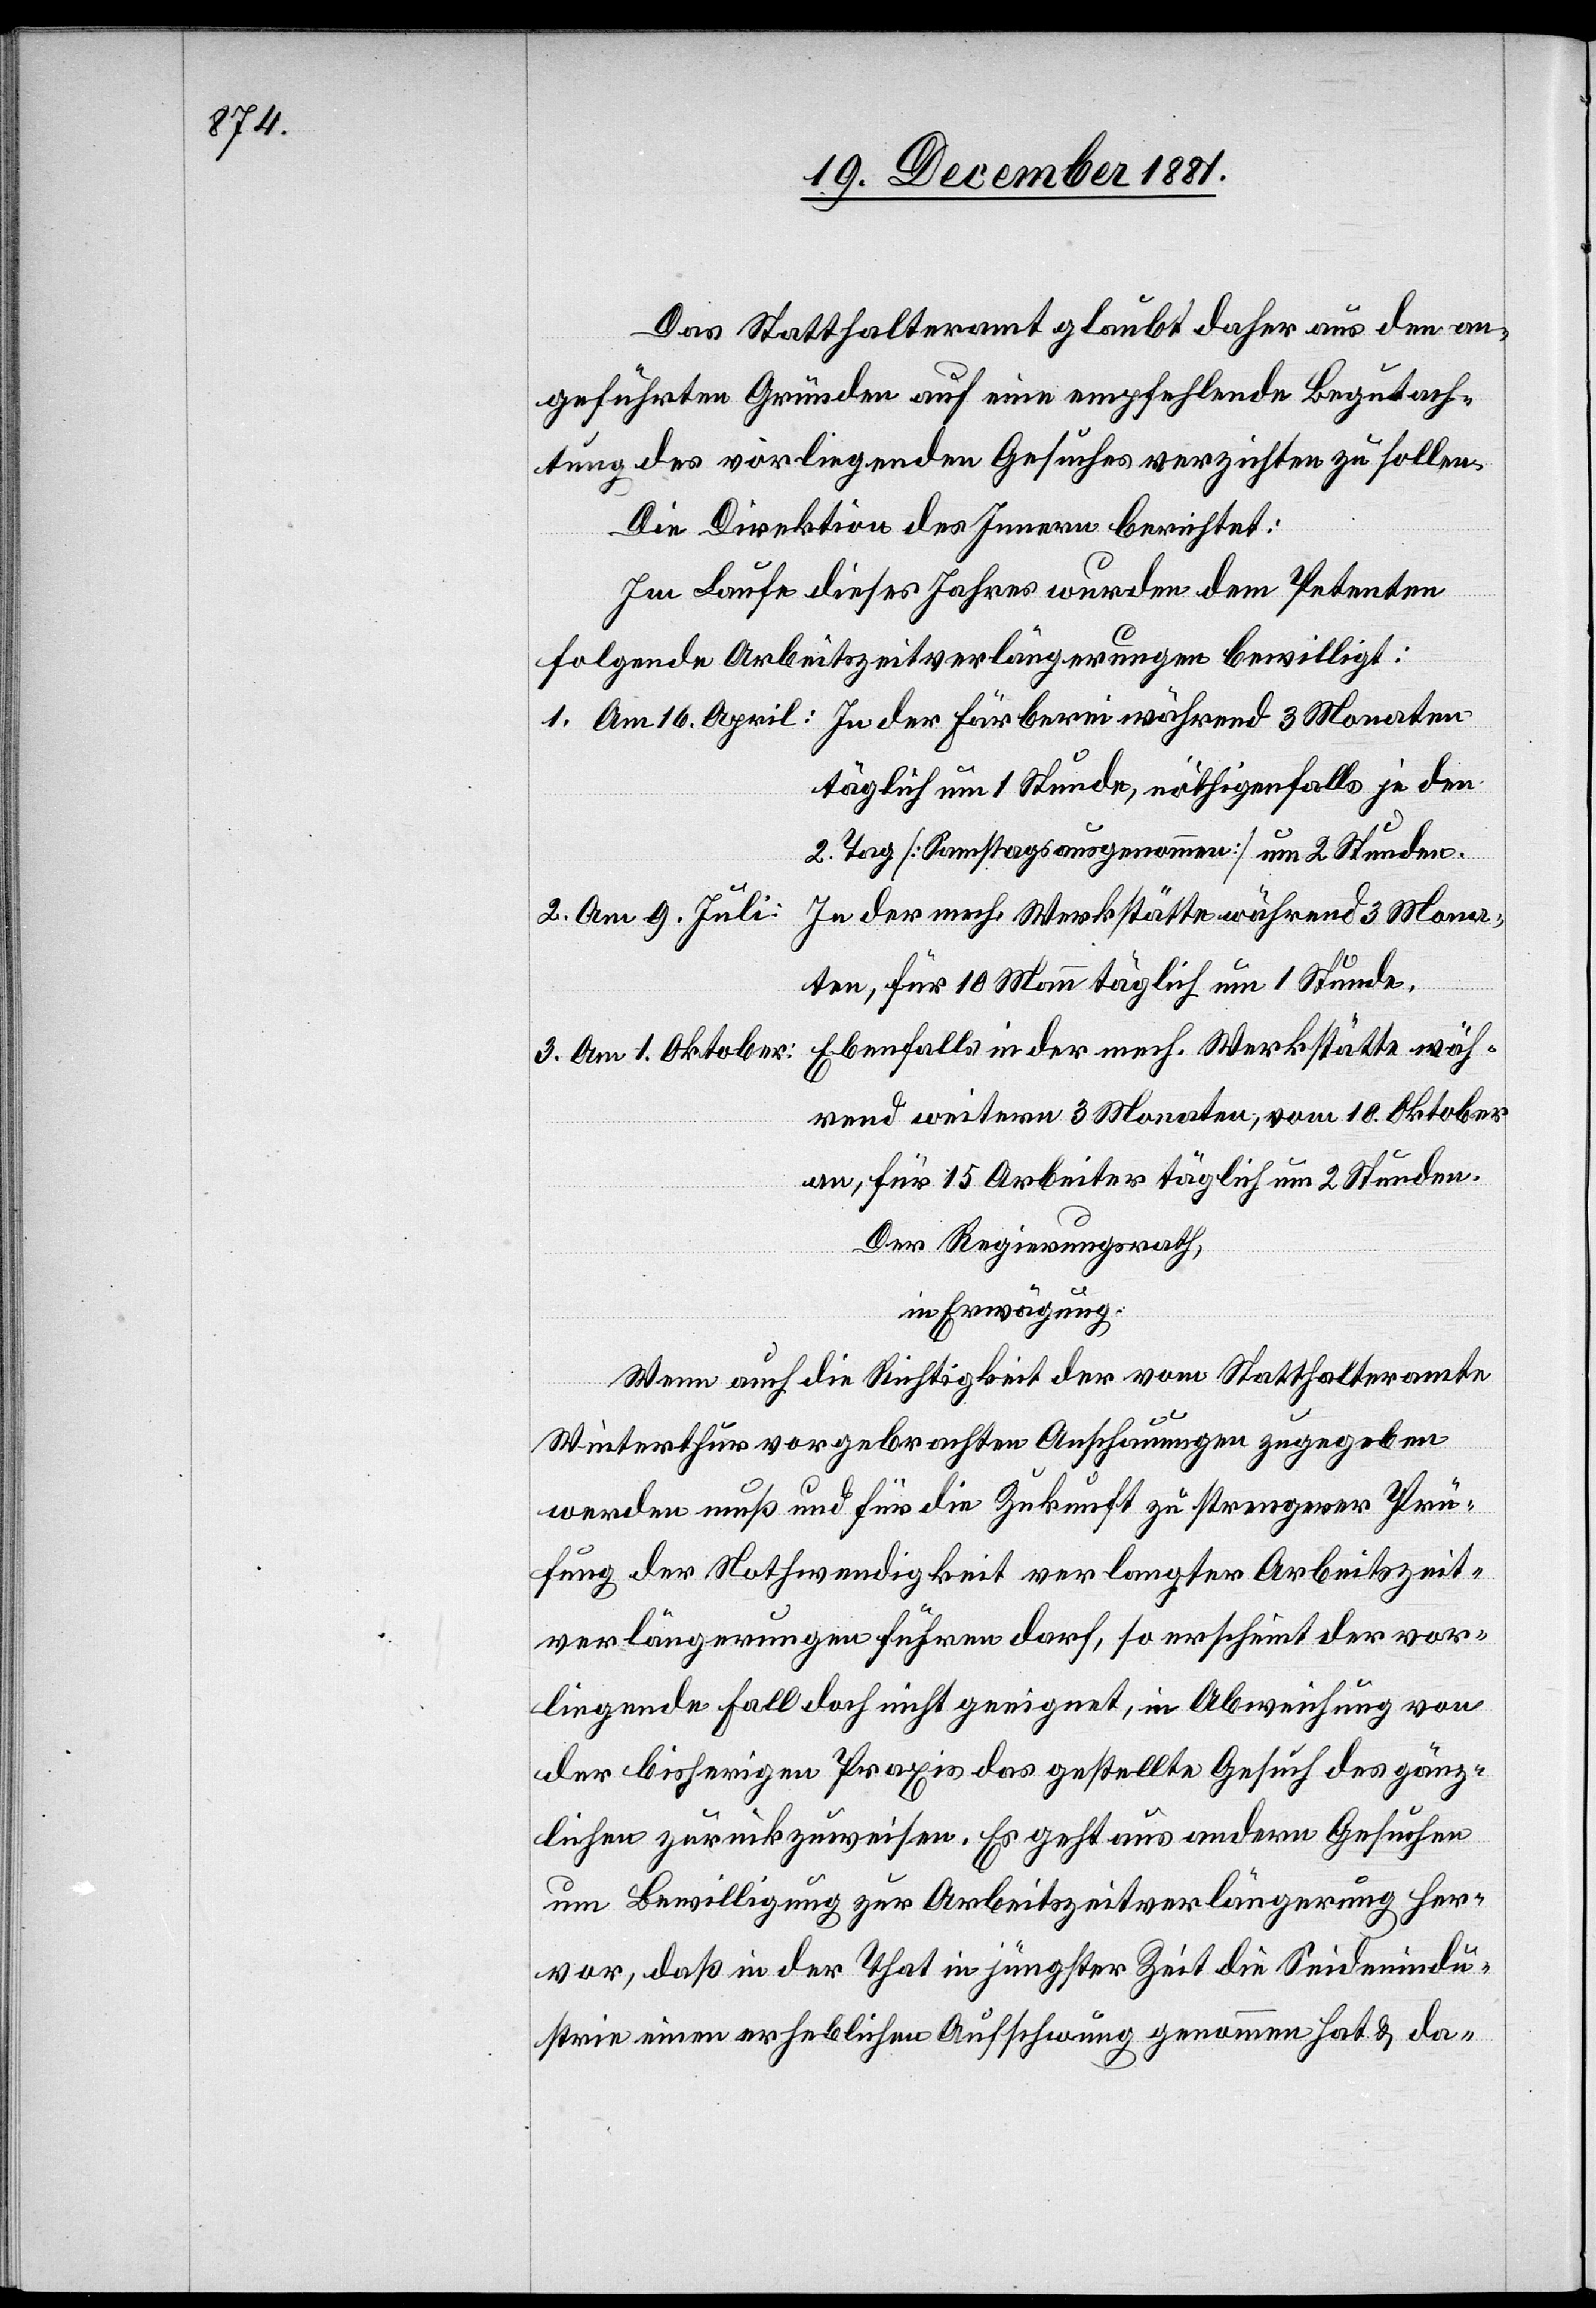
Das Statthalteramt glaubt daher aus den an¬
geführten Gründen auf eine empfehlende Begutach¬
tung des vorliegenden Gesuches verzichten zu sollen.
Die Direktion des Innern berichtet:
1. Am 16. April: In der Färberei während 3 Monaten
täglich um 1 Stunde, nöthigenfalls jeden
2. Tag [Samstags ausgenommen] um 2 Stunden.
2. Am 9. Juli:
In der mech. Werkstätte während 3 Mona¬
ten, für 10 Mann täglich um 1 Stunde.
Ebenfalls in der mech. Werkstätte wäh¬
3. Am 1. Oktober:
rend weitern 3 Monaten, vom 10. Oktober
an, für 15 Arbeiter täglich um 2 Stunden.
Der Regierungsrath,
in Erwägung:
Wenn auch die Richtigkeit der vom Statthalteramte
Winterthur vorgebrachten Anschauungen zugegeben
werden muß und für die Zukunft zu strengerer Prü¬
fung der Nothwendigkeit verlangter Arbeitszeit¬
verlängerungen führen darf, so erscheint der vor¬
liegende Fall doch nicht geeignet, in Abweichung von
der bisherigen Praxis das gestellte Gesuch des gänz¬
lichen zurückzuweisen. Es geht aus andern Gesuchen
um Bewilligung zur Arbeitszeitverlängerung her¬
vor, daß in der That in jüngster Zeit die Seidenindu¬
strie einen erheblichen Aufschwung genommen hat & da-